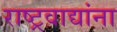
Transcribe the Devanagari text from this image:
राष्ट्रवाद्यांना